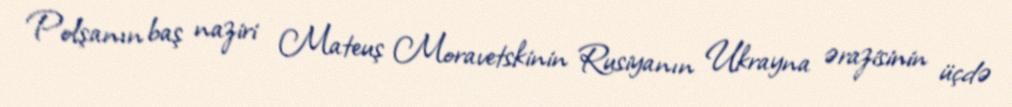
Polşanın baş naziri Mateuş Moravetskinin Rusiyanın Ukrayna ərazisinin üçdə